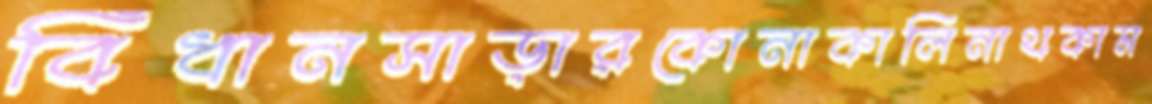
বিঁধানসাড়ারকোনাকালিনাথকাম